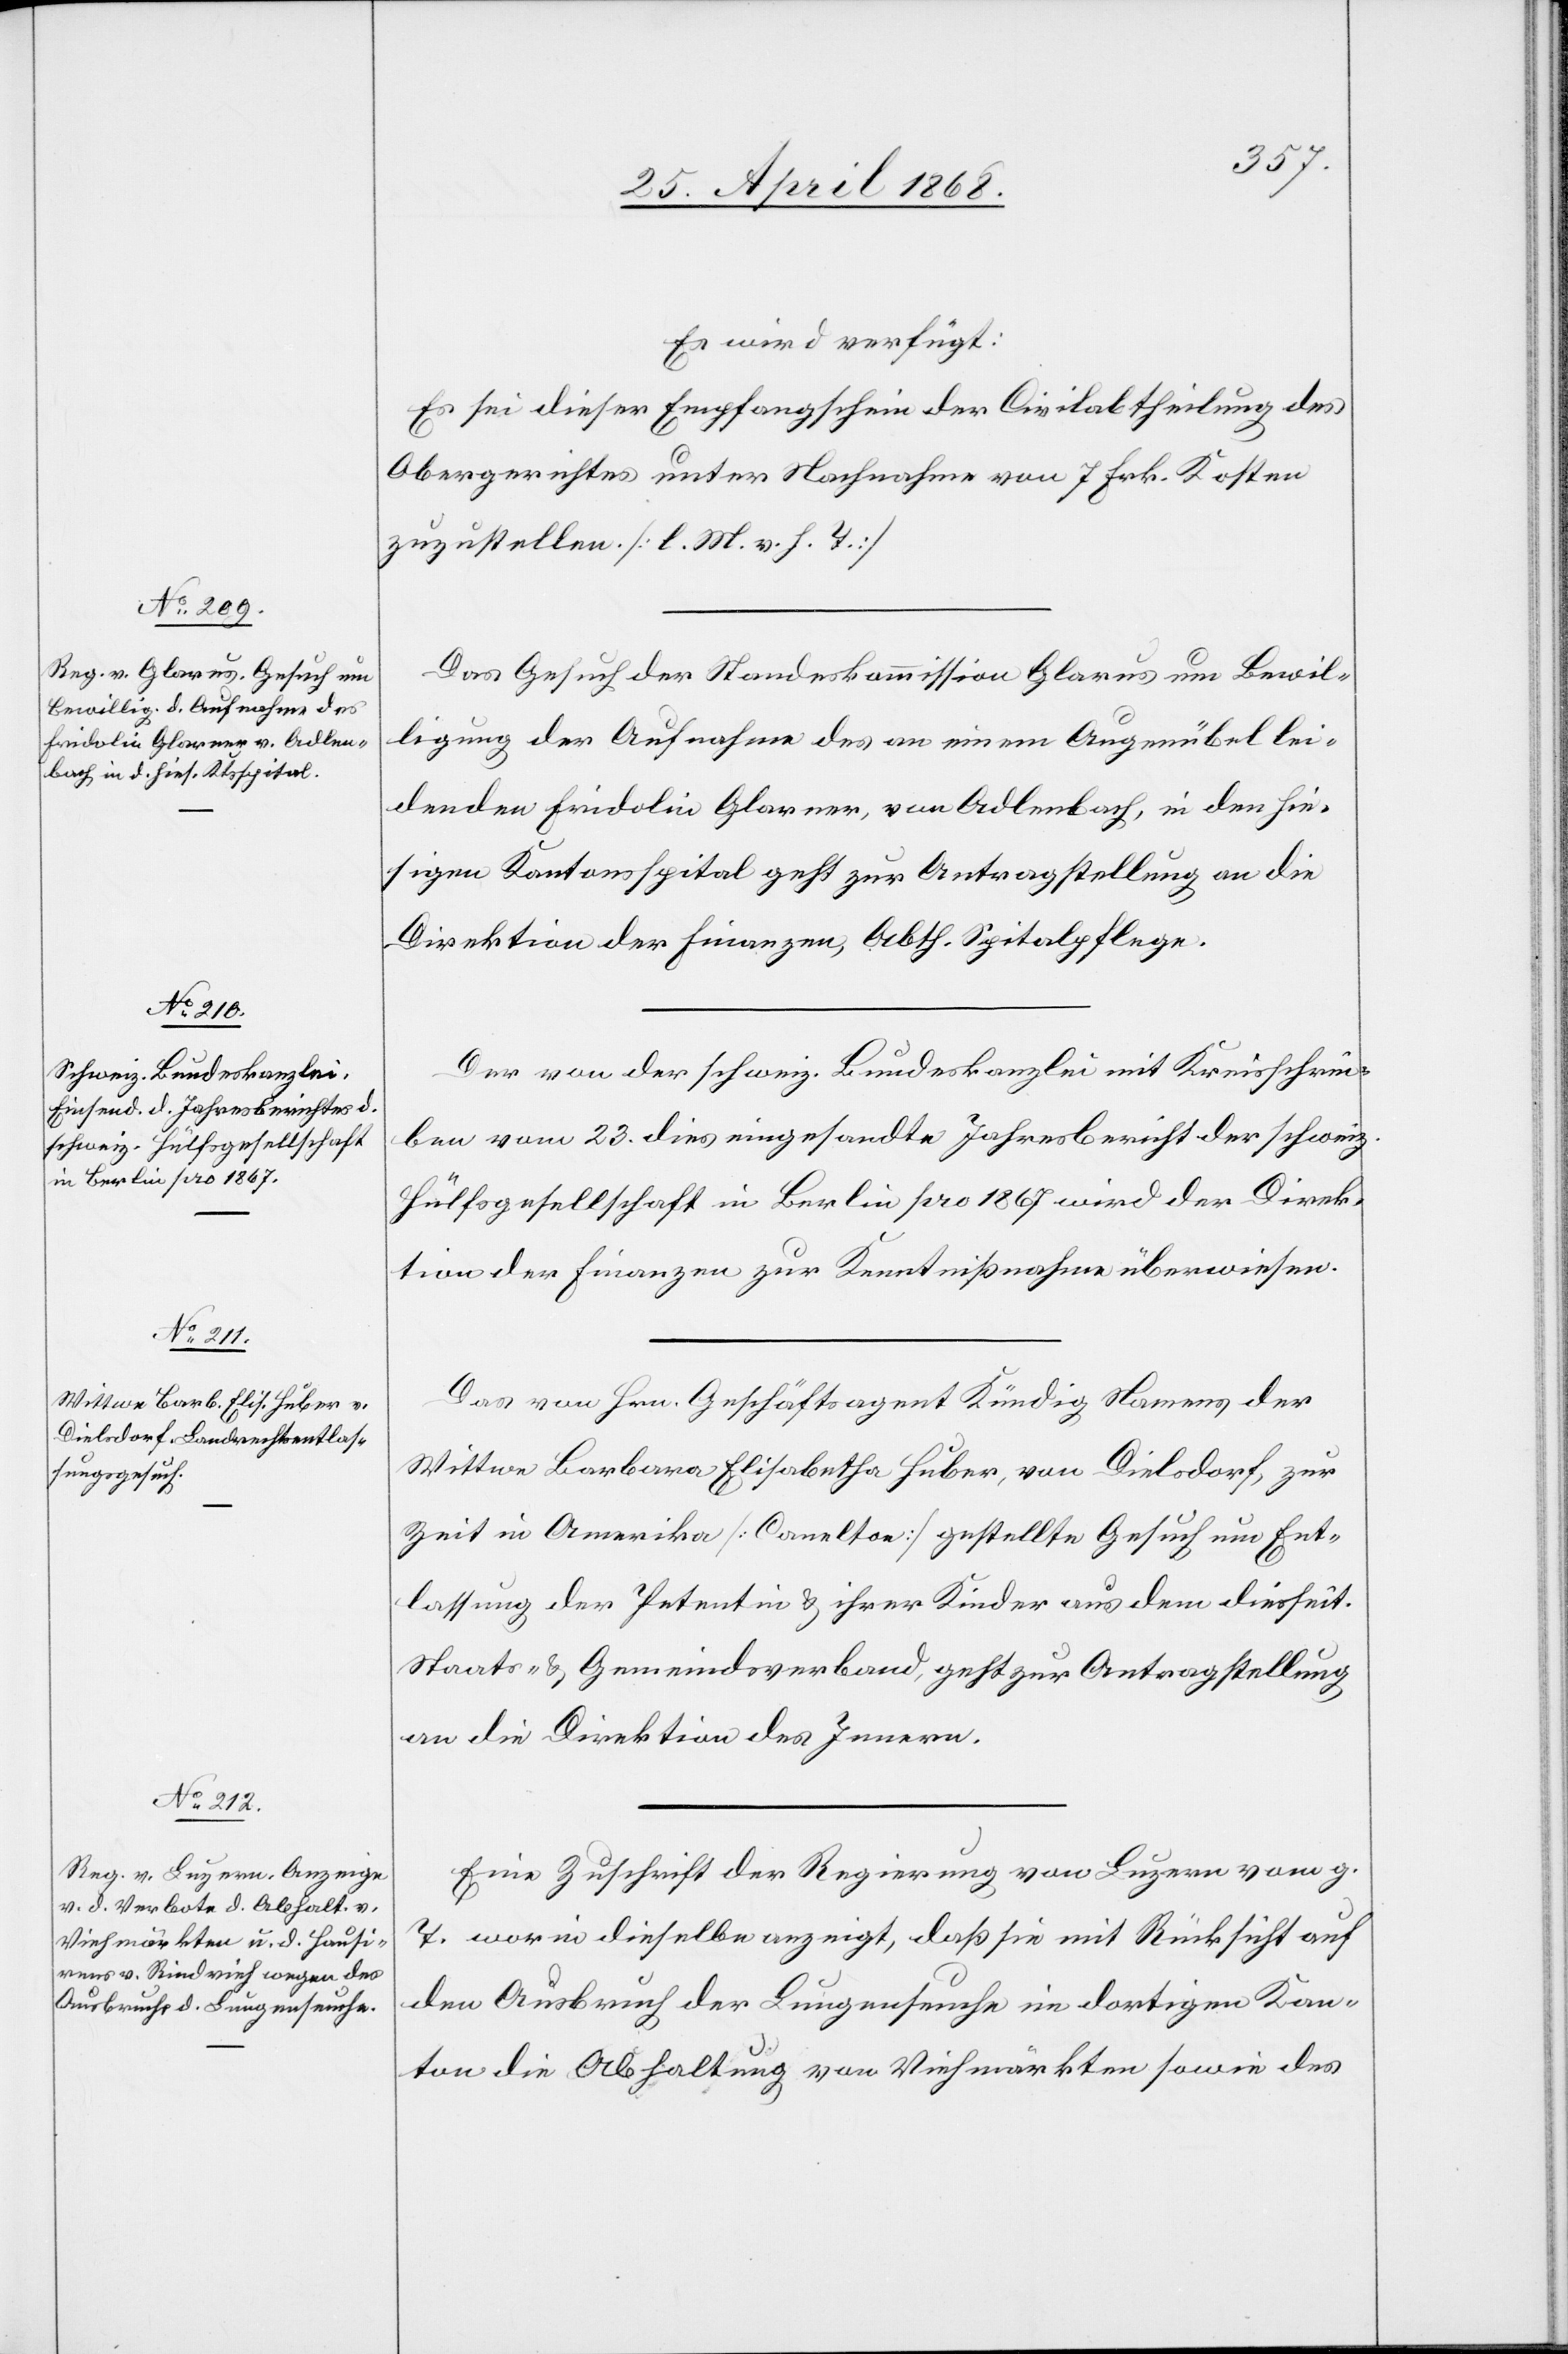
27. April 1868.]
Es wird verfügt:
Es sei dieser Empfangschein der Civilabtheilung des
Obergerichtes unter Nachnahme von 7 Frk. Kosten
zuzustellen. [l. M. v. h. T.]
Das Gesuch der Standeskommission Glarus um Bewil¬
ligung der Aufnahme des an einem Augenübel lei¬
denden Fridolin Glarner, von Adlenbach, in den hie¬
sigen Kantonsspital geht zur Antragstellung an die
Direktion der Finanzen, Abth. Spitalpflege.
Der von der schweiz. Bundeskanzlei mit Kreisschrei¬
ben vom 23. dies eingesandte Jahresbericht der schweiz.
Hülfsgesellschaft in Berlin pro 1867 wird der Direk¬
tion der Finanzen zur Kenntnißnahme überwiesen.
Das von Hrn. Geschäftsagent Kündig Namens der
Wittwe Barbara Elisabetha Huber, von Dielsdorf, zur
Zeit in Amerika [Canelton] gestellte Gesuch um Ent¬
lassung der Petentin & ihrer Kinder aus dem diesseit.
Staats- & Gemeindsverband, geht zur Antragstellung
an die Direktion des Innern.
Eine Zuschrift der Regierung von Luzern vom g.
T. worin dieselbe anzeigt, daß sie mit Rücksicht auf
den Ausbruch der Lungenseuche im dortigen Kan¬
ton die Abhaltung von Viehmärkten sowie des